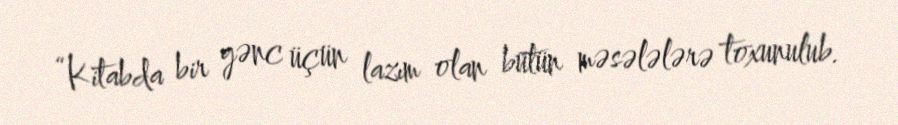
“Kitabda bir gənc üçün lazım olan bütün məsələlərə toxunulub.